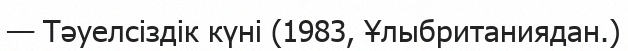
— Тәуелсіздік күні (1983, Ұлыбританиядан.)